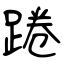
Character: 踡